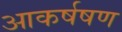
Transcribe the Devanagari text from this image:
आकर्षषण